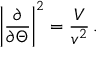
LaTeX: \left| \frac { \partial } { \partial \Theta } \right| ^ { 2 } = \frac { V } { v ^ { 2 } } \, .